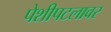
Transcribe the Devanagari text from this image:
पेशीपटलावर